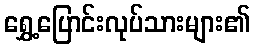
ရွှေ့ပြောင်းလုပ်သားများ၏